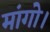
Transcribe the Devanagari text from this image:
मांगो।